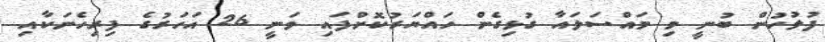
ފުލުހުން ބުނީ މި މައްސަލައާ ގުޅިގެން ހައްޔަރުކޮށްފައި ވަނީ 26 އަހަރުގެ ފިރިހެނަކާއި